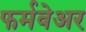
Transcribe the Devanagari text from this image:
फर्मवेअर